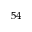
^ { 5 4 }